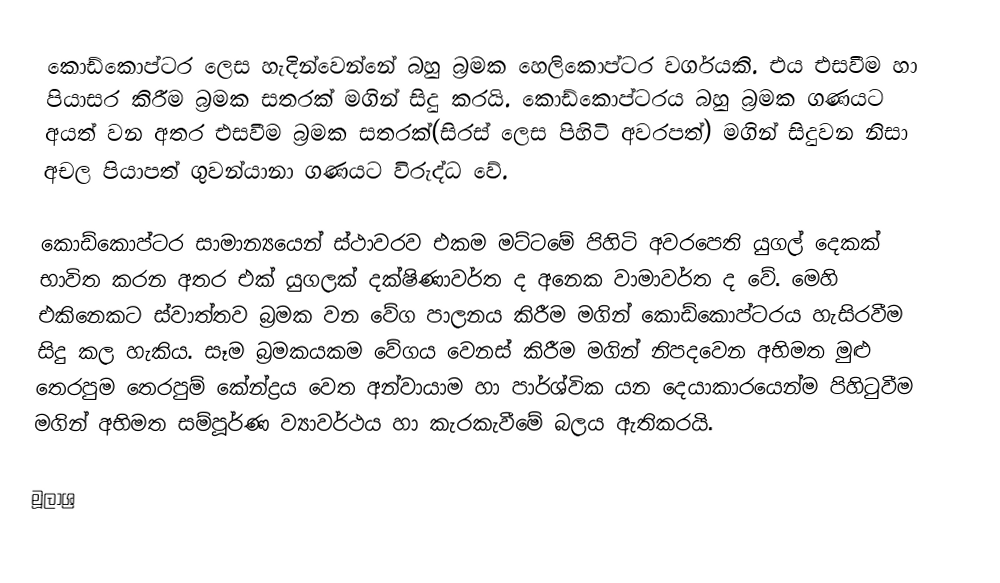
කොඩ්කොප්ටර ලෙස හැදින්වෙන්නේ බහු බ්‍රමක හෙලිකොප්ටර වර්ගයකි. එය එසවීම හා පියාසර කිරීම බ්‍රමක සතරක් මගින් සිදු කරයි. කොඩ්කොප්ටරය බහු බ්‍රමක ගණයට අයත් වන අතර එසවීම බ්‍රමක සතරක්(සිරස් ලෙස පිහිටි අවරපත්) මගින් සිදුවන නිසා අචල පියාපත් ගුවන්යානා ගණයට විරුද්ධ වේ.

කොඩ්කොප්ටර සාමාන්‍යයෙන් ස්ථාවරව එකම මට්ටමේ පිහිටි අවරපෙති යුගල් දෙකක් භාවිත කරන අතර එක් යුගලක් දක්ෂිණාවර්ත ද අනෙක වාමාවර්ත ද වේ. මෙහි එකිනෙකට ස්වාත්තව බ්‍රමක වන වේග පාලනය කිරීම මගින් කොඩ්කොප්ටරය හැසිරවීම සිදු කල හැකිය. සෑම බ්‍රමකයකම වේගය වෙනස් කිරීම මගින් නිපදවෙන අභිමත මුළු තෙරපුම තෙරපුම් කේන්ද්‍රය වෙත අන්වායාම හා පාර්ශ්වික යන දෙයාකාරයෙන්ම පිහිටුවීම මගින් අභිමත සම්පූර්ණ ව්‍යාවර්ථය හා කැරකැවීමේ බලය ඇතිකරයි.

මූලාශ්‍ර